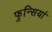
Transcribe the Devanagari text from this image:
फुन्सियां